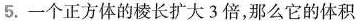
5.一个正方体的棱长扩大3倍，那么它的体积